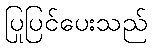
ပြုပြင်ပေးသည်